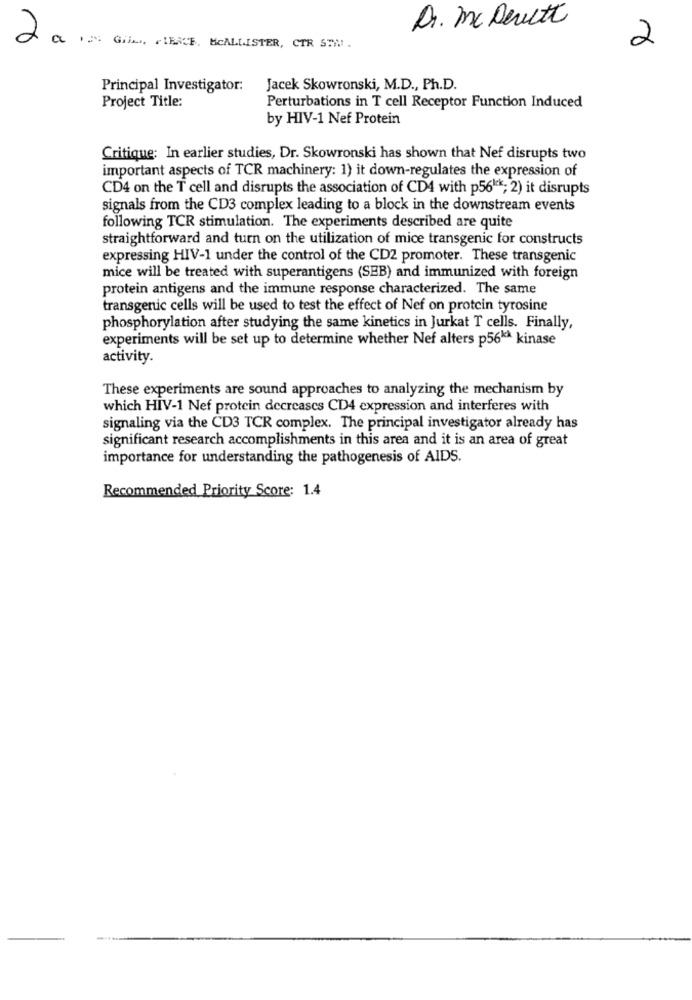
Dr. Mc Devitt
a
.: Grin, FIERCE. MCALLISTER, CTR STW.
2
Principal Investigator:
Jacek Skowronski, M.D ., Ph.D.
Project Title:
Perturbations in T cell Receptor Function Induced
by HIV-1 Nef Protein
Critique: In earlier studies, Dr. Skowronski has shown that Nef disrupts two
important aspects of TCR machinery: 1) it down-regulates the expression of
CD4 on the T cell and disrupts the association of CD4 with p561"; 2) it disrupts
signals from the CD3 complex leading to a block in the downstream events
following TCR stimulation. The experiments described are quite
straightforward and turn on the utilization of mice transgenic for constructs
expressing HIV-1 under the control of the CD2 promoter. These transgenic
mice will be treated with superantigens (SEB) and immunized with foreign
protein antigens and the immune response characterized. The same
transgenic cells will be used to test the effect of Nef on protein tyrosine
phosphorylation after studying the same kinetics in Jurkat T cells. Finally,
experiments will be set up to determine whether Nef alters p561* kinase
activity.
These experiments are sound approaches to analyzing the mechanism by
which HIV-1 Nef protein decreases CD4 expression and interferes with
signaling via the CD3 TCR complex. The principal investigator already has
significant research accomplishments in this area and it is an area of great
importance for understanding the pathogenesis of AIDS.
Recommended Priority Score: 1.4